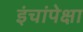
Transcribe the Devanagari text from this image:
इंचांपेक्षा